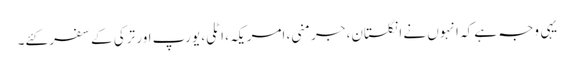
یہی وجہ ہے کہ انہوں نے انگلستان، جرمنی، امریکہ، اٹلی، یورپ اور ترکی کے سفر کئے۔